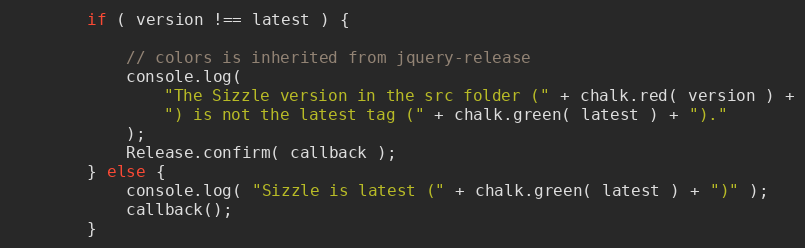
Language: JavaScript
		if ( version !== latest ) {

			// colors is inherited from jquery-release
			console.log(
				"The Sizzle version in the src folder (" + chalk.red( version ) +
				") is not the latest tag (" + chalk.green( latest ) + ")."
			);
			Release.confirm( callback );
		} else {
			console.log( "Sizzle is latest (" + chalk.green( latest ) + ")" );
			callback();
		}